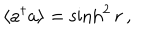
LaTeX: \langle a ^ { \dagger } a \rangle = \sinh ^ { 2 } r \, ,